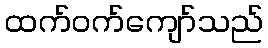
ထက်ဝက်ကျော်သည်